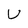
Character: U